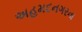
અહમદનગરના